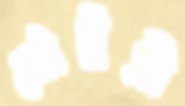
মৌটুসী